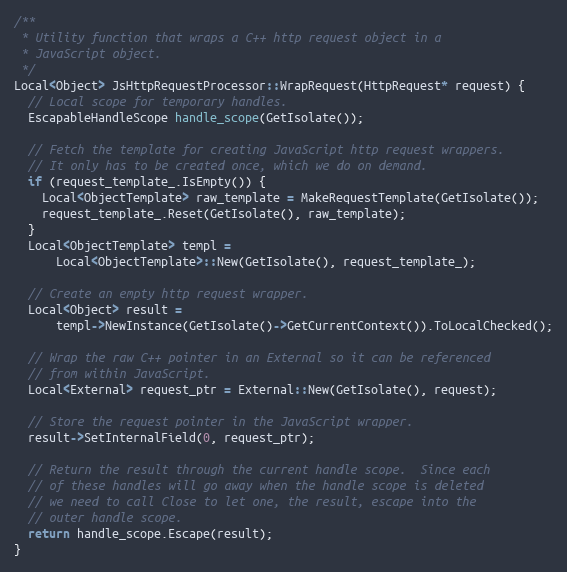
Language: C++
/**
 * Utility function that wraps a C++ http request object in a
 * JavaScript object.
 */
Local<Object> JsHttpRequestProcessor::WrapRequest(HttpRequest* request) {
  // Local scope for temporary handles.
  EscapableHandleScope handle_scope(GetIsolate());

  // Fetch the template for creating JavaScript http request wrappers.
  // It only has to be created once, which we do on demand.
  if (request_template_.IsEmpty()) {
    Local<ObjectTemplate> raw_template = MakeRequestTemplate(GetIsolate());
    request_template_.Reset(GetIsolate(), raw_template);
  }
  Local<ObjectTemplate> templ =
      Local<ObjectTemplate>::New(GetIsolate(), request_template_);

  // Create an empty http request wrapper.
  Local<Object> result =
      templ->NewInstance(GetIsolate()->GetCurrentContext()).ToLocalChecked();

  // Wrap the raw C++ pointer in an External so it can be referenced
  // from within JavaScript.
  Local<External> request_ptr = External::New(GetIsolate(), request);

  // Store the request pointer in the JavaScript wrapper.
  result->SetInternalField(0, request_ptr);

  // Return the result through the current handle scope.  Since each
  // of these handles will go away when the handle scope is deleted
  // we need to call Close to let one, the result, escape into the
  // outer handle scope.
  return handle_scope.Escape(result);
}